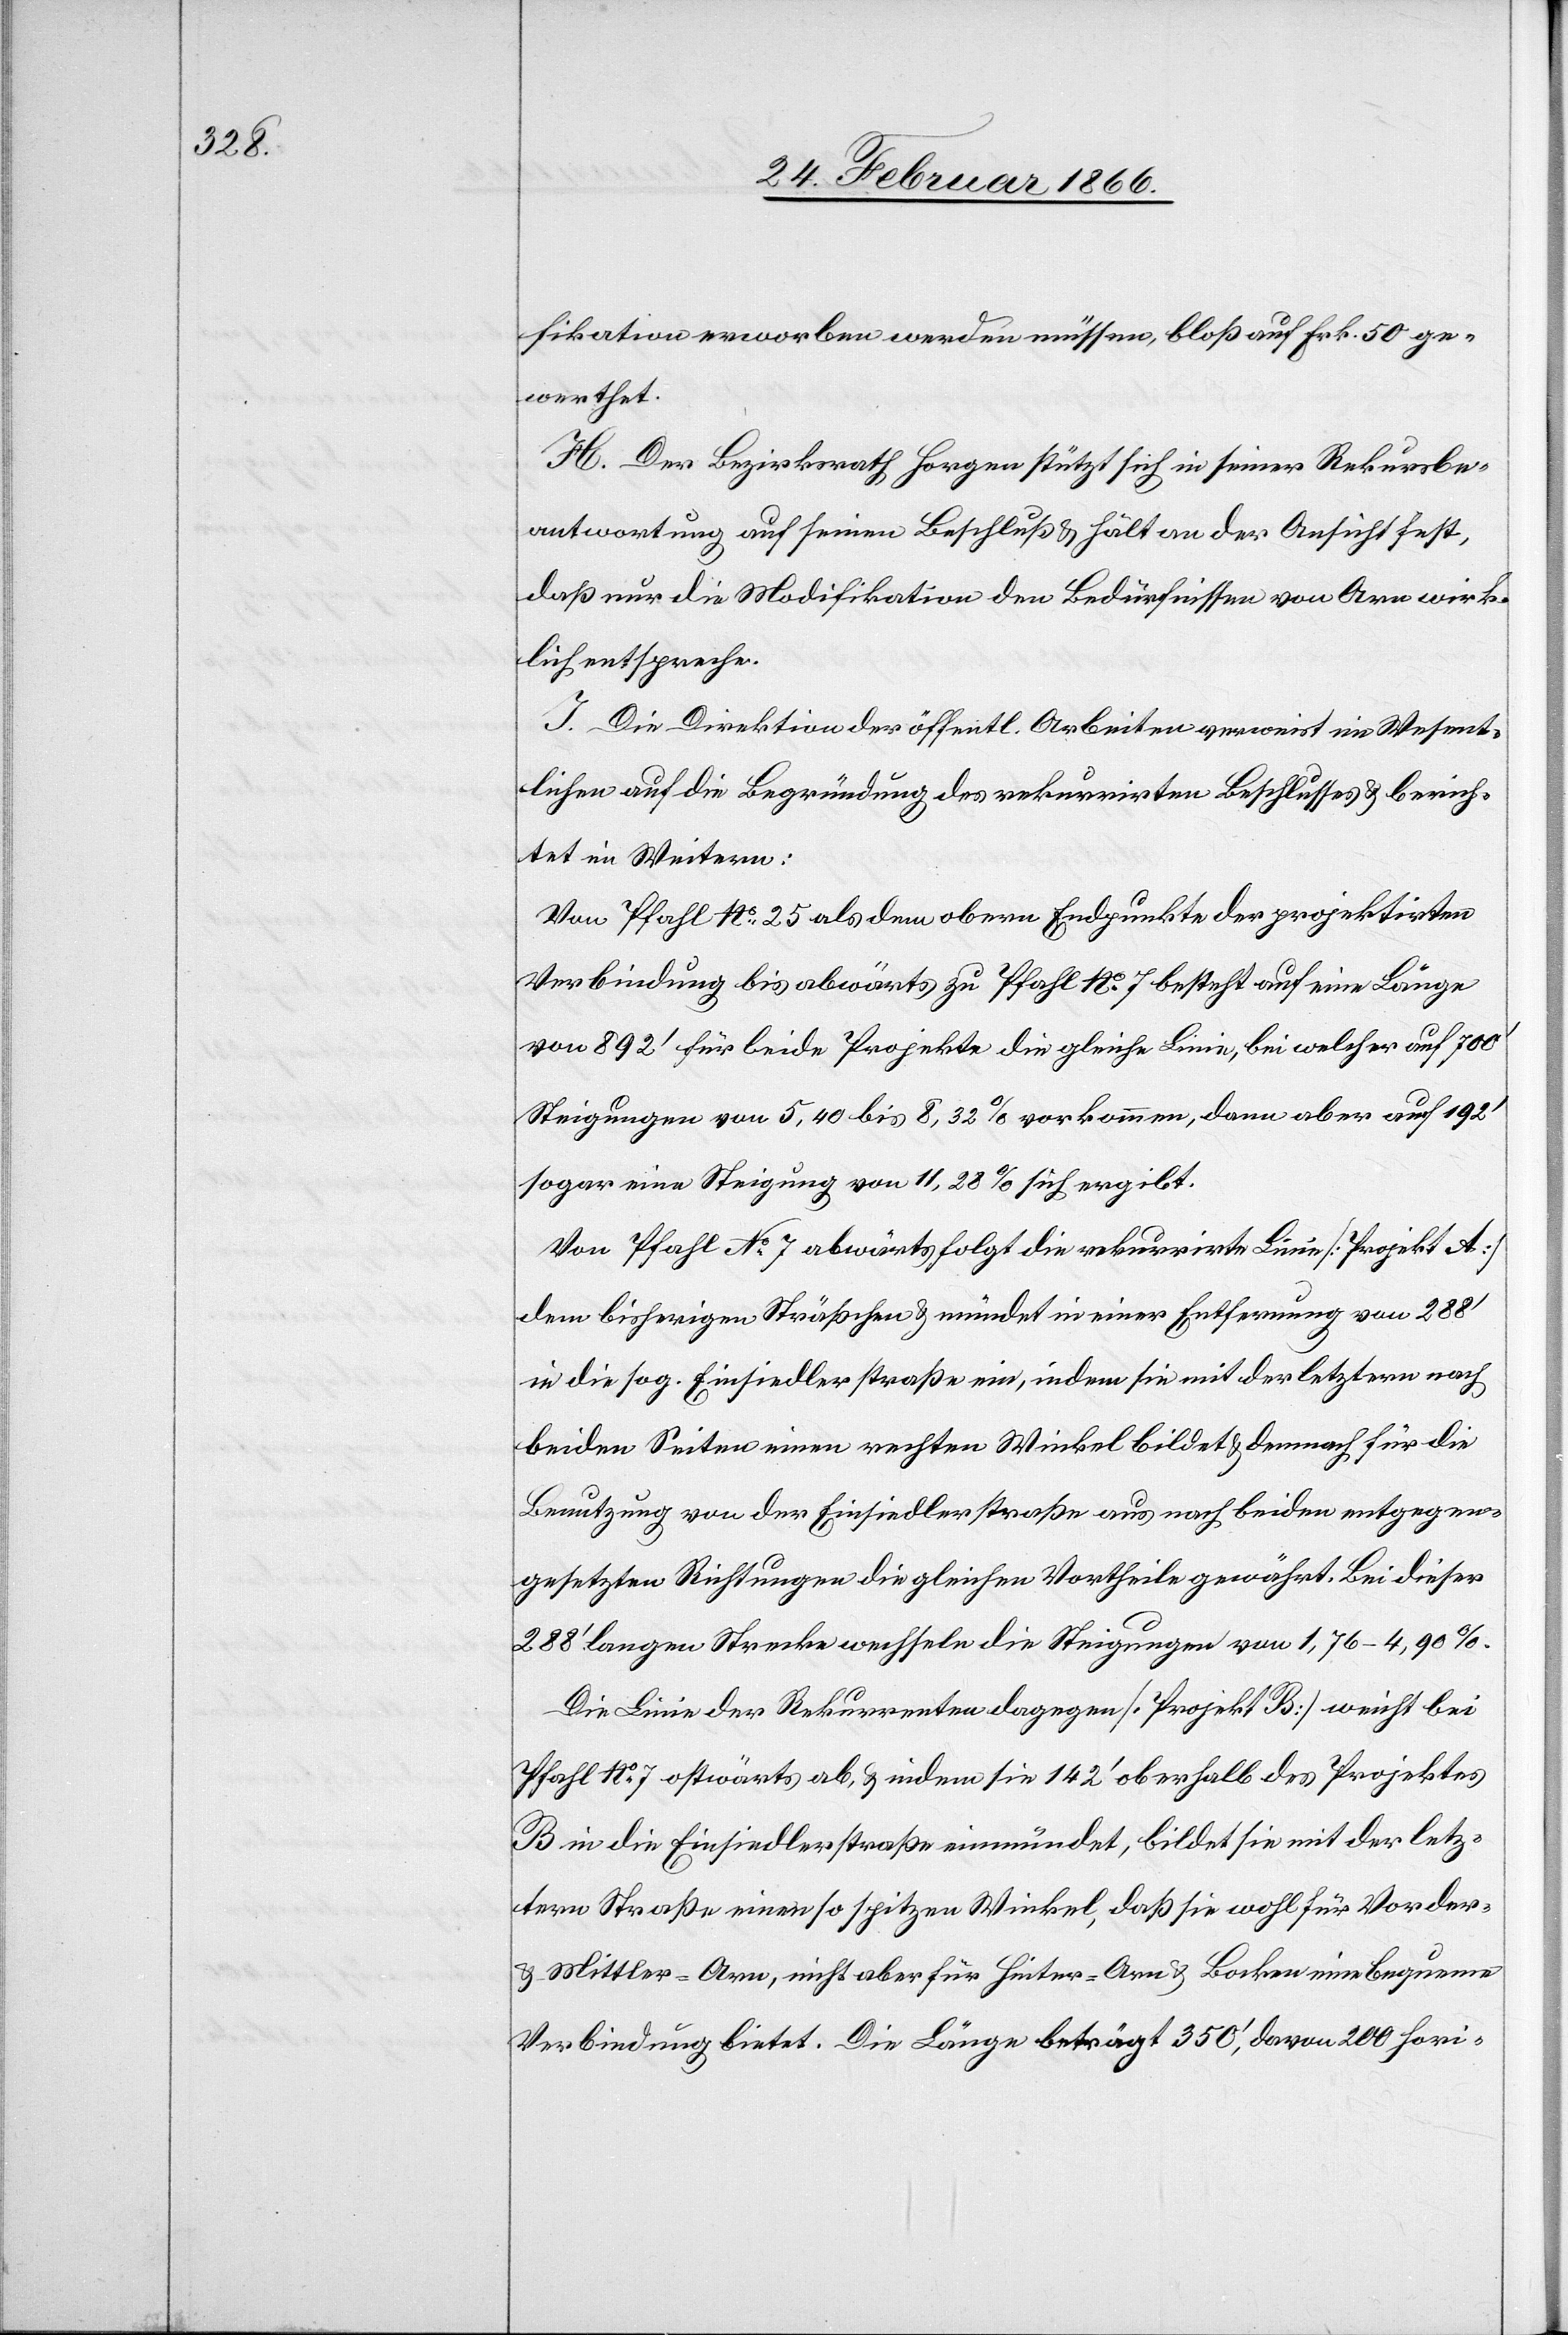
fikation erworben werden müssen, bloß auf Frk. 50 ge¬
werthet.
H. Der Bezirksrath Horgen stützt sich in seiner Rekursbe¬
antwortung auf seinen Beschluß u. hält an der Ansicht fest,
daß nur die Modifikation den Bedürfnissen von Arn wirk¬
lich entspreche.
I. Die Direktion der öffentl. Arbeiten verweist im Wesent¬
lichen auf die Begründung des rekurrirten Beschlusses u. berich¬
tet im Weitern:
Vom Pfahl Nr. 25 als dem obern Endpunkte der projektirten
Verbindung bis abwärts zu Pfahl No. 7 besteht auf eine Länge
von 892‘ für beide Projekte die gleiche Linie, bei welcher auf 700‘
Steigungen von 5,40 bis 8,32% vorkommen, dann aber auf 192‘
sogar nur eine Steigung von 11,28% sich ergibt.
Von Pfahl No. 7 abwärts folgt die rekurrirte Linie [Projekt A]
dem bisherigen Sträßchen u. mündet in einer Entfernung von 288‘
in die sog. Einsiedler Straße ein, indem sie mit der letztern nach
beiden Seiten einen rechten Winkel bildet u. demnach für die
Benutzung von der Einsiedler Straße aus nach beiden entgegen¬
gesetzten Richtungen die gleichen Vortheile gewährt. Bei dieser
288‘ langen Strecke wechseln die Steigungen von 1,76–4,90%.
Die Linie der Rekurrenten dagegen [Projekt B] weist bei
Pfahl No. 7 ostwärts ab, u. indem sie 142‘ oberhalb des Projektes
in die Einsiedler Straße einmündet, bildet sie mit der letz¬
tern Straße einen so spitzen Winkel, daß sie wohl für Vorder-
u. Mittler-Arn, nicht aber für Hinter-Arn u. Bocken eine bequeme
Verbindung bietet. Die Länge beträgt 350‘, davon 200 hori-